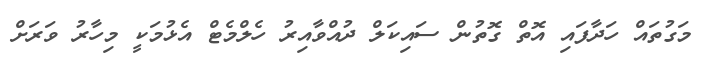
މަގުތައް ހަދާފައި އޮތް ގޮތުން ސައިކަލް ދުއްވާއިރު ހެލްމެޓް އެޅުމަކީ މިހާރު ވަރަށް